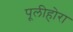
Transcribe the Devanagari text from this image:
पूलीहोरा